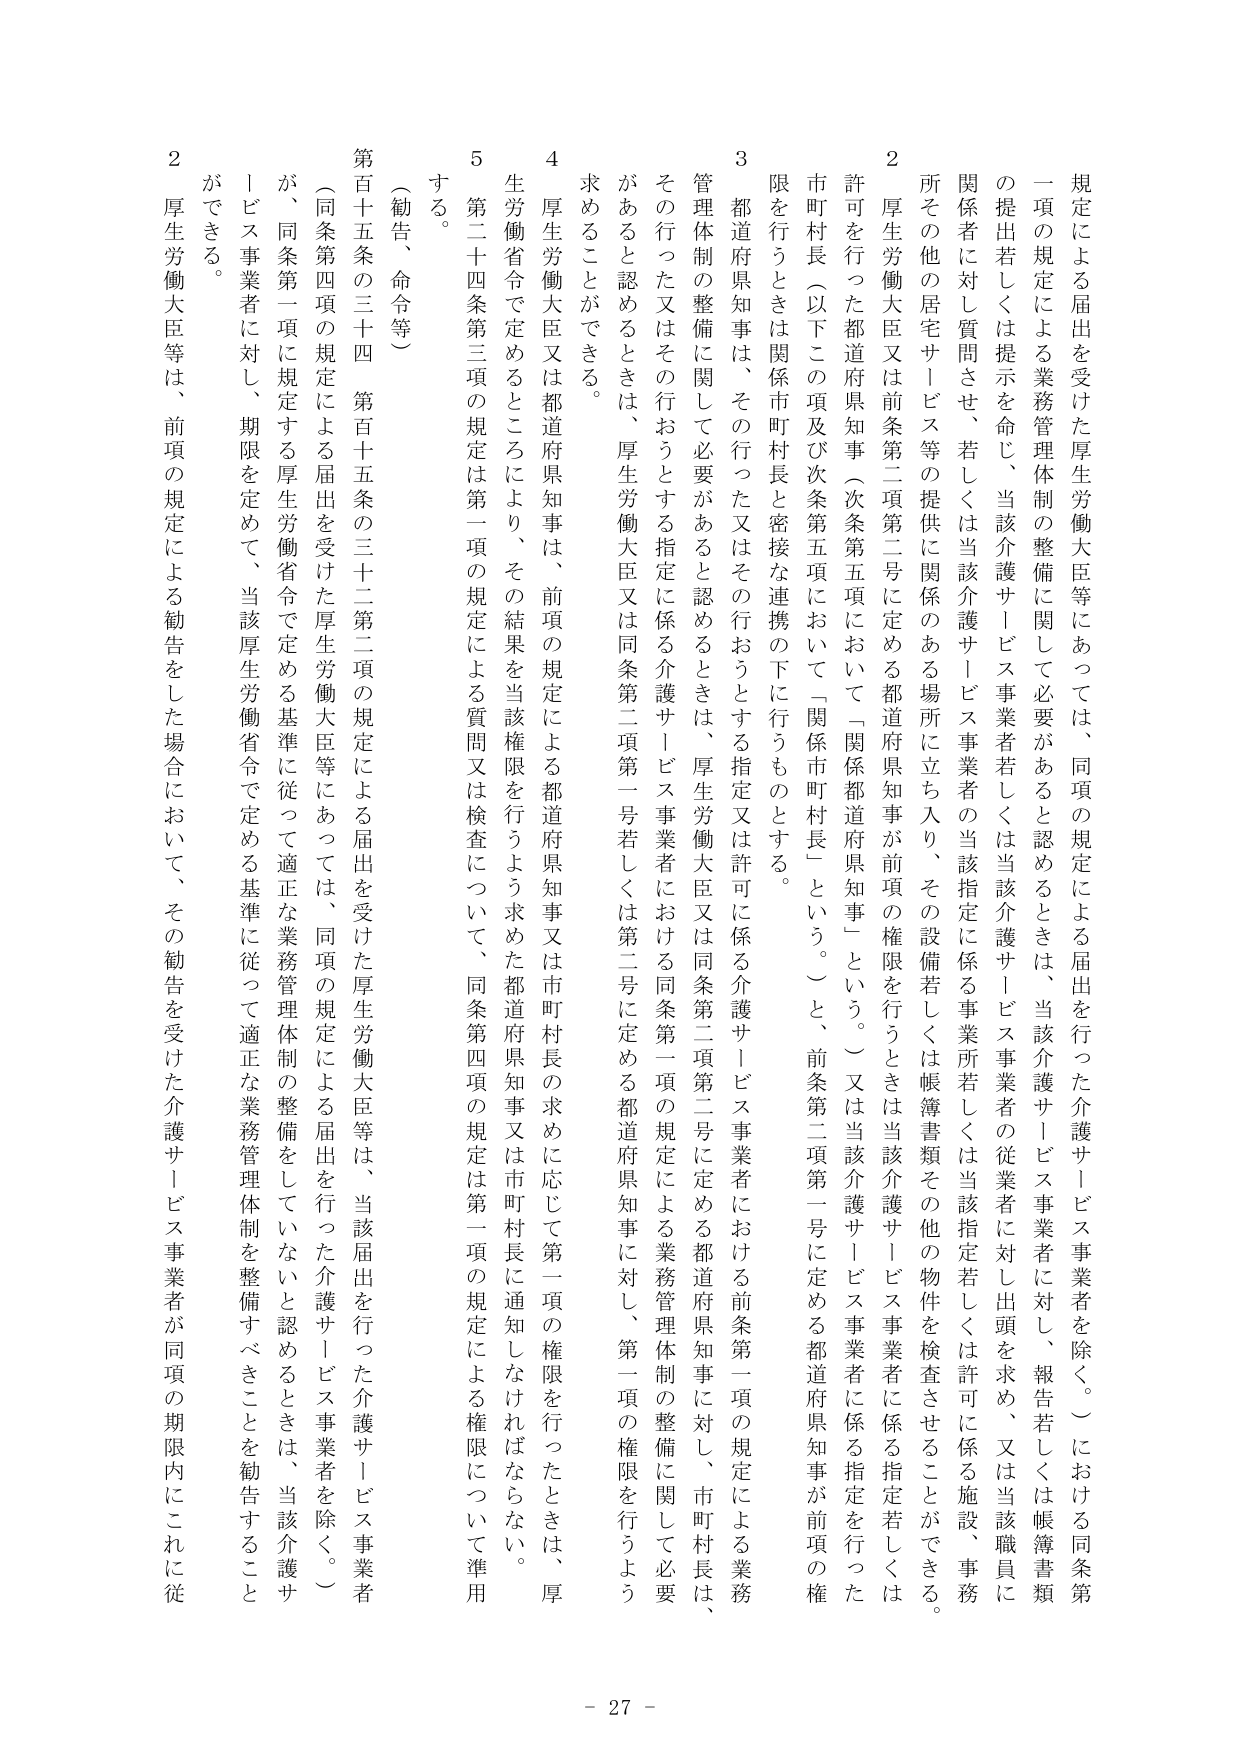
規定による届出を受けた厚生労働大臣等にあっては、同項の規定による届出を行った介護サービス事業者を除く。）における同条第一項の規定による業務管理体制の整備に関して必要があると認めるときは、当該介護サービス事業者に対し、報告若しくは帳簿書類の提出若しくは提示を命じ、当該介護サービス事業者若しくは当該介護サービス事業者の従業者に対し出頭を求め、又は当該職員に関係者に対し質問させ、若しくは当該介護サービス事業者の当該指定に係る事業所若しくは当該指定若しくは許可に係る施設、事務所その他の居宅サービス等の提供に関係のある場所に立ち入り、その設備若しくは帳簿書類その他の物件を検査させることができる。

２　厚生労働大臣又は前条第二項第二号に定める都道府県知事が前項の権限を行うときは当該介護サービス事業者に係る指定若しくは許可を行った都道府県知事（次条第五項において「関係都道府県知事」という。）又は当該介護サービス事業者に係る指定を行った市町村長（以下この項及び次条第五項において「関係市町村長」という。）と、前条第二項第一号に定める都道府県知事が前項の権限を行うときは関係市町村長と密接な連携の下に行うものとする。

３　都道府県知事は、その行った又はその行おうとする指定又は許可に係る介護サービス事業者における前条第一項の規定による業務管理体制の整備に関して必要があると認めるときは、厚生労働大臣又は同条第二項第二号に定める都道府県知事に対し、市町村長は、その行った又はその行おうとする指定に係る介護サービス事業者における同条第一項の規定による業務管理体制の整備に関して必要があると認めるときは、厚生労働大臣又は同条第二項第一号若しくは第二号に定める都道府県知事に対し、第一項の権限を行うよう求めることができる。

４　厚生労働大臣又は都道府県知事は、前項の規定による都道府県知事又は市町村長の求めに応じて第一項の権限を行ったときは、厚生労働省令で定めるところにより、その結果を当該権限を行うよう求めた都道府県知事又は市町村長に通知しなければならない。

５　第二十四条第三項の規定は第一項の規定による質問又は検査について、同条第四項の規定は第一項の規定による権限について準用する。

（勧告、命令等）

第百十五条の三十四　第百十五条の三十二第二項の規定による届出を受けた厚生労働大臣等は、当該届出を行った介護サービス事業者（同条第四項の規定による届出を受けた厚生労働大臣等にあっては、同項の規定による届出を行った介護サービス事業者を除く。）が、同条第一項に規定する厚生労働省令で定める基準に従って適正な業務管理体制の整備をしていないと認めるときは、当該介護サービス事業者に対し、期限を定めて、当該厚生労働省令で定める基準に従って適正な業務管理体制を整備すべきことを勧告することができる。

２　厚生労働大臣等は、前項の規定による勧告をした場合において、その勧告を受けた介護サービス事業者が同項の期限内にこれに従

- 27 -